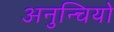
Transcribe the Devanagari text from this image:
अनुन्चियो